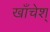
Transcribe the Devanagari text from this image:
खाँचेश्